Report of the veterinary officer investigating camel disease
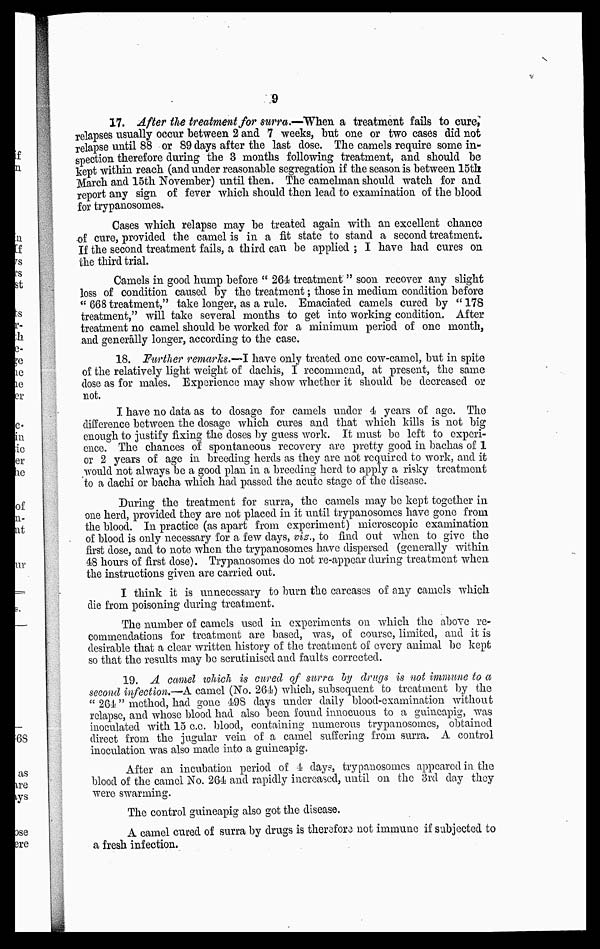
9
17. After the treatment for surra.—When a treatment fails to cure,
relapses usually occur between 2 and 7 weeks, but one or two cases did not
relapse until 88 or 89 days after the last dose. The camels require some in-
spection therefore during the 3 months following treatment, and should be
kept within reach (and under reasonable segregation if the season is between 15th
March and 15th November) until then. The camelman should watch for and
report any sign of fever which should then lead to examination of the blood
for trypanosomes.
Cases which relapse may be treated again with an excellent chance
of cure, provided the camel is in a fit state to stand a second treatment.
If the second treatment fails, a third can be applied ; I have had cures on
the third trial.
Camels in good hump before " 264 treatment" soon recover any slight
loss of condition caused by the treatment; those in medium condition before
" 668 treatment," take longer, as a rule. Emaciated camels cured by " 178
treatment," will take several months to get into working condition. After
treatment no camel should be worked for a minimum period of one month,
and generally longer, according to the case.
18. Further remarks.—I have only treated one cow-camel, but in spite
of the relatively light weight of dachis, I recommend, at present, the same
dose as for males. Experience may show whether it should be decreased or
not.
I have no data as to dosage for camels under i years of age. The
difference between the dosage which cures and that which kills is not big
enough to justify fixing the doses by guess work. It must bo left to experi-
ence. The chances of spontaneous recovery are pretty good in bachas of 1
or 2 years of age in breeding herds as they are not required to work, and it
would not always be a good plan in a breeding herd to apply a risky treatment
to a dachi or bacha which had passed the acute stage of the disease.
During the treatment for surra, the camels may be kept together in
one herd, provided they are not placed in it until trypanosomes have gone from
the blood. In practice (as apart from experiment) microscopic examination
of blood is only necessary for a few days, viz., to find out when to give the
first close, and to note when the trypanosomes have dispersed (generally within
48 hours of first dose). Trypanosomes do not re-appear during treatment when
the instructions given are carried out.
I think it is unnecessary to burn the carcases of any camels which
die from poisoning during treatment.
The number of camels used in experiments on which the above re-
commendations for treatment are based, was, of course, limited, and it is
desirable that a clear written history of the treatment of every animal be kept
so that the results may be scrutinised and faults corrected.
19. A camel which is cured of surra by drugs is not immune to a
second infection.—A camel (No. 264) which, subsequent to treatment by the
" 264" method, had gone 498 days under daily blood-examination without
relapse, and whose blood had also been found innocuous to a guincapig, was
inoculated with 15 c.c. blood, containing numerous trypanosomes, obtained
direct from the jugular vein of a camel suffering from surra. A control
inoculation was also made into a guineapig.
After an incubation period of 4 day, trypanosomes appeared in the
blood of the camel No. 264 and rapidly increased, until on the 3rd day they
were swarming.
The control guineapig also got the disease.
A camel cured of surra by drugs is therefore not immune if subjected to
a fresh infection.